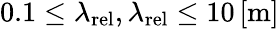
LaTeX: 0.1\le\lambda_{\mathrm{{rel}}},\lambda_{\mathrm{{rel}}}\le 10\left[\mathrm{{m}}\right]